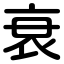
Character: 衰